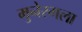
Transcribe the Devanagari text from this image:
मुनेरगला